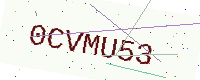
Text: 0CVMU53